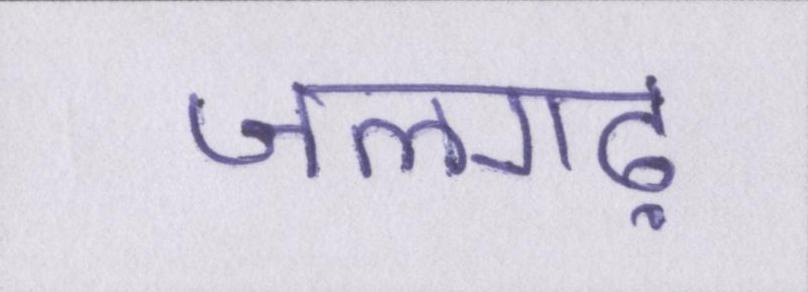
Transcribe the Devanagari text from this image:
जलगढ़